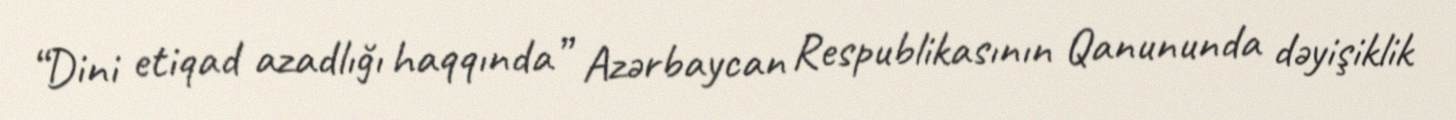
“Dini etiqad azadlığı haqqında” Azərbaycan Respublikasının Qanununda dəyişiklik